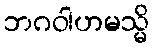
ဘဂဝါဟမသ္မိ